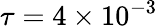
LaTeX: \tau=4\times 10^{-3}